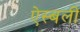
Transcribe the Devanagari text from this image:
ऐस्बली